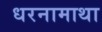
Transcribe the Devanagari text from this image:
धरनामाथा